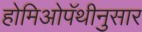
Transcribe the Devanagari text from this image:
होमिओपॅथीनुसार